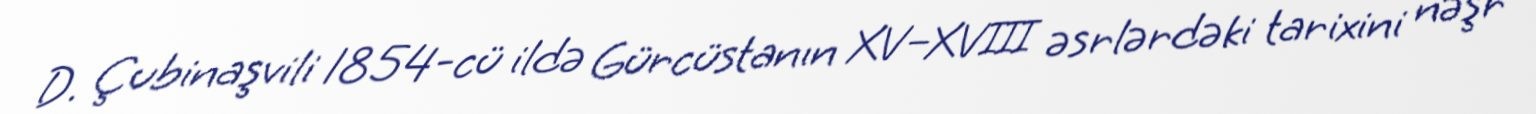
D. Çubinaşvili 1854-cü ildə Gürcüstanın XV–XVIII əsrlərdəki tarixini nəşr